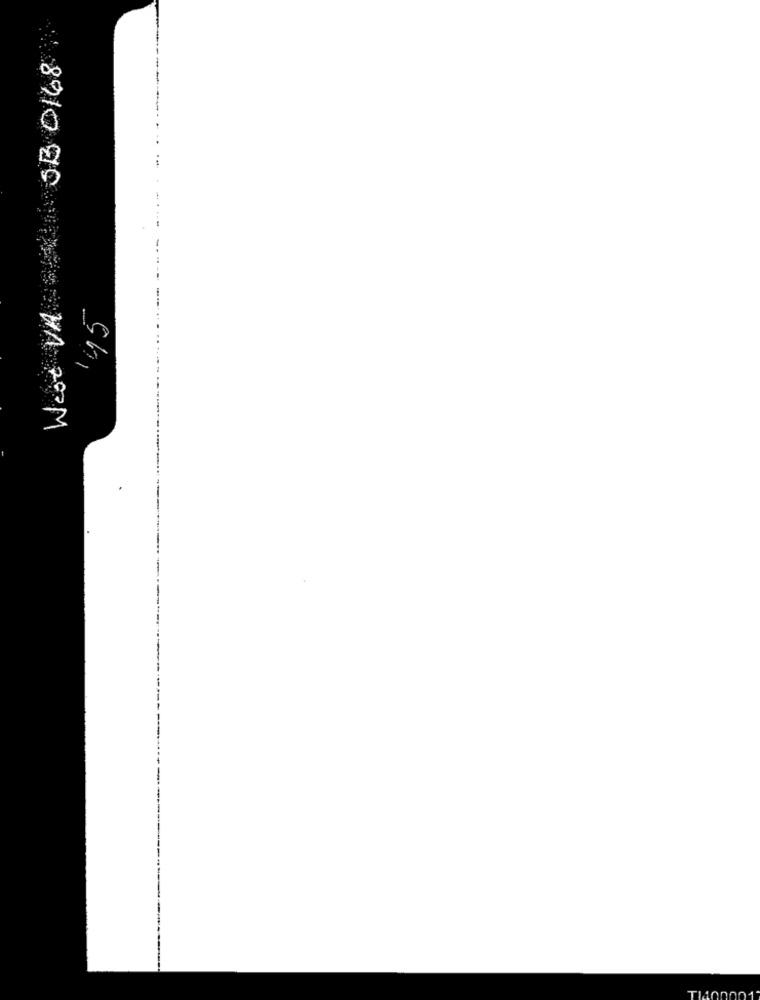
SB 0168
West VA
145